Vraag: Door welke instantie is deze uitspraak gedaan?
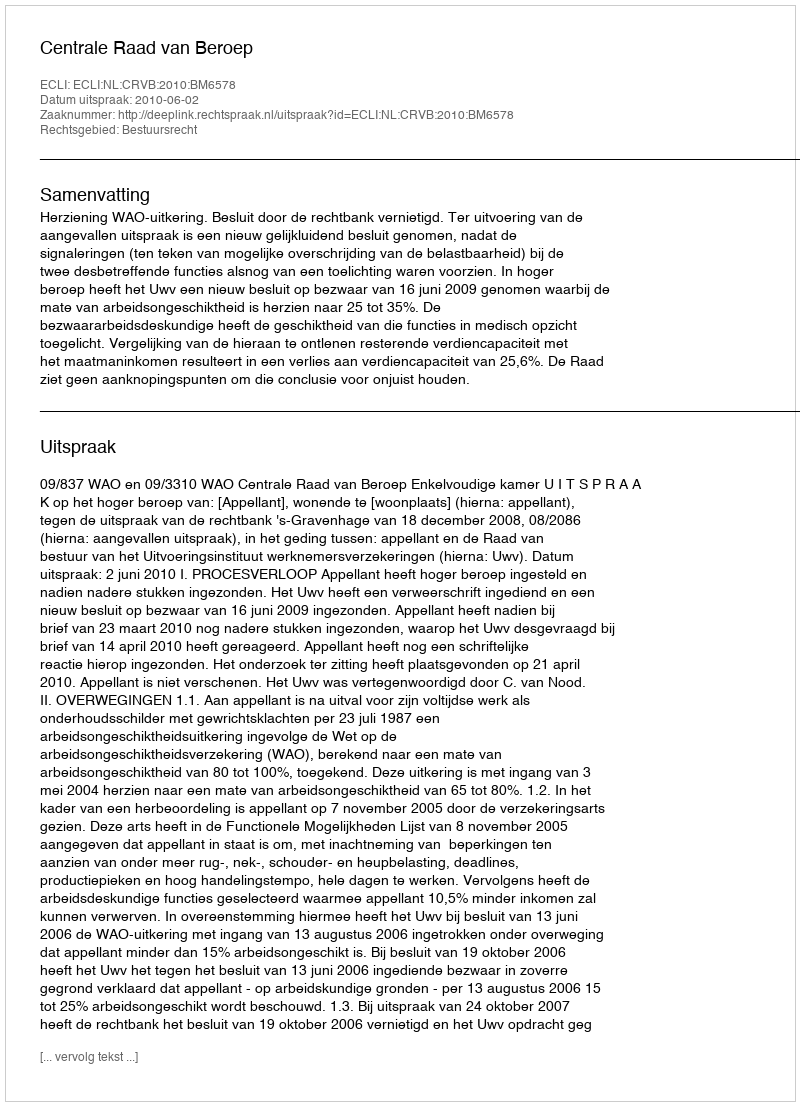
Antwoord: Centrale Raad van Beroep